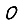
Digit: 0